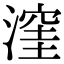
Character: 漥